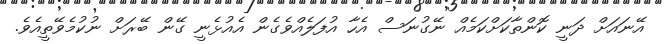
އޭނައަށް ދަނީ ކޮންތާކަށްކަމެއް ނޭގުނަސް އެހާ އުފަލެއްވެގެން އެއުޅެނީ ގޭން ބޭރަށް ނުކުމެވޭތީއެވެ.